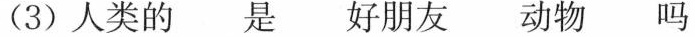
(3) 人类的 是 好朋友 动物 吗